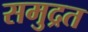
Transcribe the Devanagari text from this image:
समुद्रत